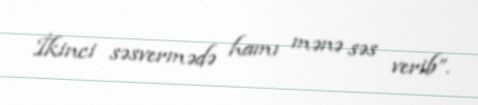
İkinci səsvermədə hamı mənə səs verib”.